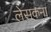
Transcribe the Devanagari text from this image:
लेसकना